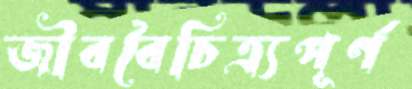
জীববৈচিত্র্যপূর্ণ